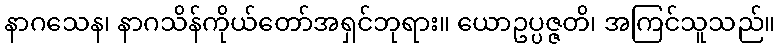
နာဂသေန၊ နာဂသိန်ကိုယ်တော်အရှင်ဘုရား။ ယောဥပ္ပဇ္ဇတိ၊ အကြင်သူသည်။